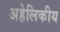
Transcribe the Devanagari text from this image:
अहेलिकीय